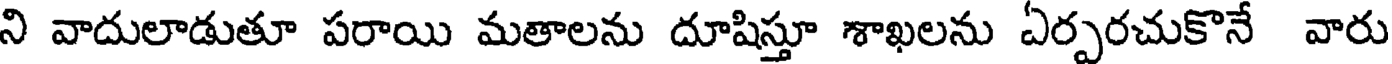
ని వాదులాడుతూ పరాయి మతాలను దూషిస్తూ శాఖలను ఏర్పరచుకొనే వారు